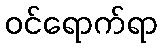
ဝင်ရောက်ရာ